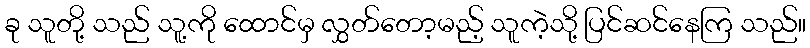
ခု သူတို့ သည် သူ့ကို ထောင်မှ လွှတ်တော့မည့် သူကဲ့သို့ ပြင်ဆင်နေကြ သည်။